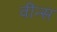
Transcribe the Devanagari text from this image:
वीन्स